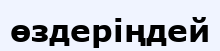
өздеріңдей